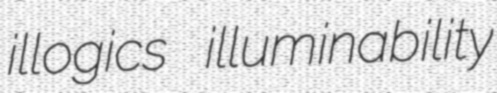
illogics illuminability